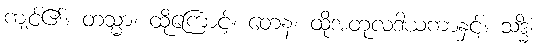
ကျင့်၏။ တသ္မာ၊ ထိုကြောင့်။ တေန၊ ထိုအတုလဒါယကာနှင့်။ သဒ္ဓိံ၊